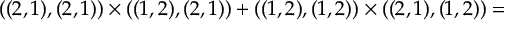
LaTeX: ( ( 2 , 1 ) , ( 2 , 1 ) ) \times ( ( 1 , 2 ) , ( 2 , 1 ) ) + ( ( 1 , 2 ) , ( 1 , 2 ) ) \times ( ( 2 , 1 ) , ( 1 , 2 ) ) =